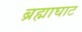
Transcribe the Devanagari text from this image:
ब्रह्माघाट